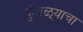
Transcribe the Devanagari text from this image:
कुंबळ्याचा